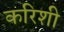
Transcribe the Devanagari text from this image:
करिशी